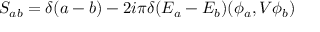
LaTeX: S _ { a b } = \delta ( a - b ) - 2 i \pi \delta ( E _ { a } - E _ { b } ) ( \phi _ { a } , V \phi _ { b } )